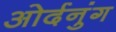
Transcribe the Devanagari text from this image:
ओर्दनुंग